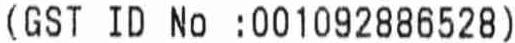
(GST ID NO :001092886528)